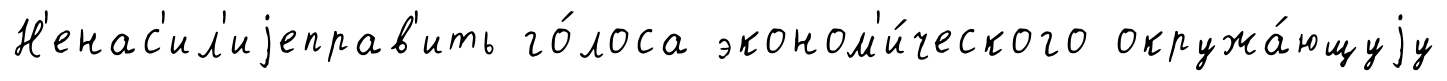
Н'енас'ил'иjеправ'ить го́лоса эконом'и́ческого окружа́ющуjу